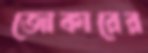
জোকারের